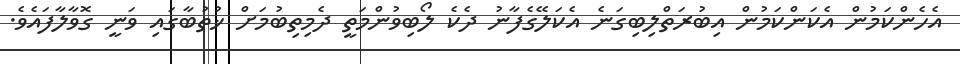
އެހެންކަމުން އެކަންކަމުން އިބުރަތްލިބިގަނެ އެކަލޭގެފާނު ދެކެ ލޯބިވުންމަތީ ދެމިތިބުމަށް ޚުތުބާގައި ވަނީ ގޮވާލާފައެވެ.